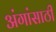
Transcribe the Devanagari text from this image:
अंगांसाठी